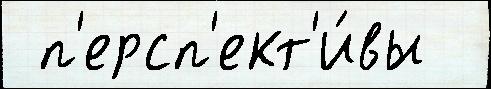
 п'ерсп'ект'и́вы